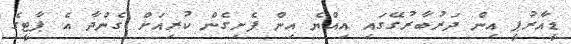
ޑީއާރުޕީ އިން ދަރުބާރުގޭގައި އިއްޔެ އިން ފެށިގެން ކުރިއަށް ގެންދާ އެ ޕާޓީގެ